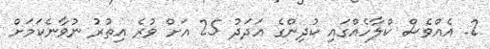
2. އެއްވެސް ކްލާހެއްގައި ކުދިންގެ އަދަދު 25 އަށް ވުރެ އިތުރު ނުވާނެކަމަށް